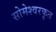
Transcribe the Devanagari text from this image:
सोमेश्वरकृत